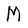
Character: M